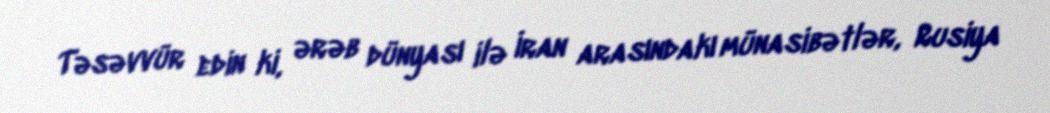
Təsəvvür edin ki, ərəb dünyası ilə İran arasındakı münasibətlər, Rusiya